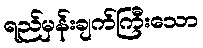
ရည်မှန်းချက်ကြီးသော